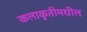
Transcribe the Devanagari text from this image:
कलाकृतींमधील